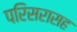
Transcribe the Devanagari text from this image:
परिसरासह